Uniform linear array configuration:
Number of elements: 64
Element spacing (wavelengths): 0.5
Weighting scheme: cosine
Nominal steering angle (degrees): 30
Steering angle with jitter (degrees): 30.231
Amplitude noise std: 0.05
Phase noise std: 0.05

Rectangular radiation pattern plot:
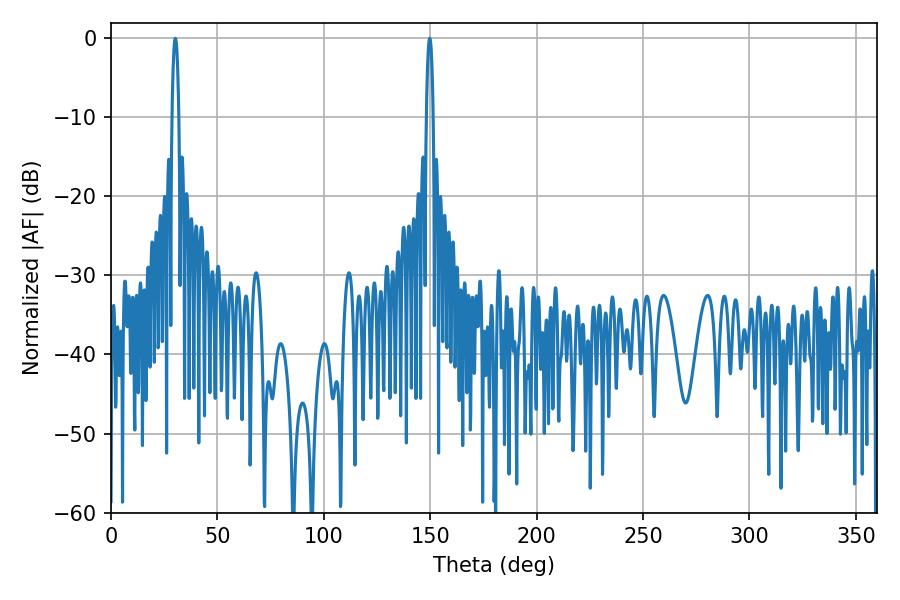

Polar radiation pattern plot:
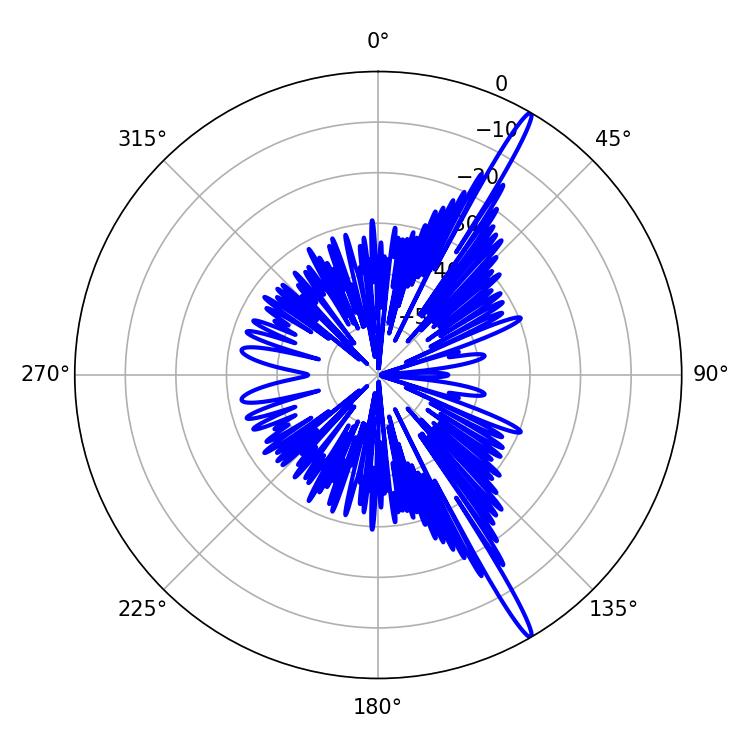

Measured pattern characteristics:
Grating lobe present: FALSE
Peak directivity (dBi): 17.394
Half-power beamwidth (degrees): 1.8
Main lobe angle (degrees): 30.24